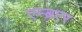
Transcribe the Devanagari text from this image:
एम्ब्रएर